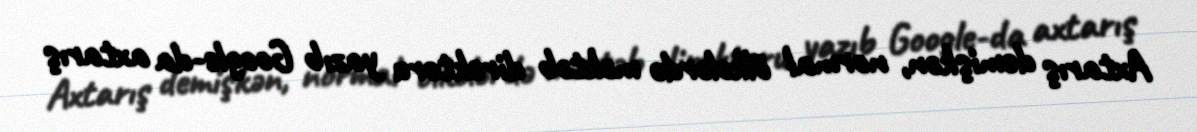
Axtarış demişkən, normal ölkələrdə məktəb direktoru yazıb Google-da axtarış